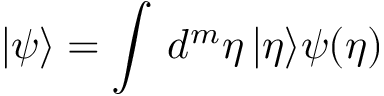
| \psi \rangle = \int \, d ^ { m } \eta \, | \eta \rangle \psi ( \eta )